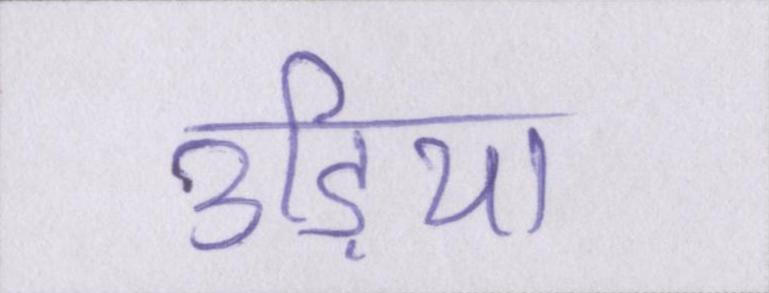
उड़िया